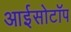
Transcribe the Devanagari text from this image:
आईसोटॉप